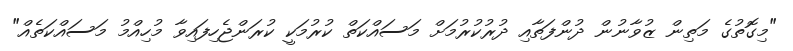
"މިގޮތުގެ މަތިން ޒުވާނުން ދުންފަތާއި ދުރުކުރުމަށް މަސައްކަތް ކުރުމަކީ ކުރަންޖެހިފައިވާ މުހިއްމު މަސައްކަތެއް"